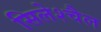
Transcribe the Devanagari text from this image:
सिलेश्चैल